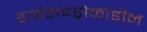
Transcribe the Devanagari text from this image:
डाईहाइड्रोकोडीन